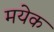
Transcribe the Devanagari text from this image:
मयेक